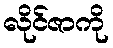
လိုင်ဇာကို